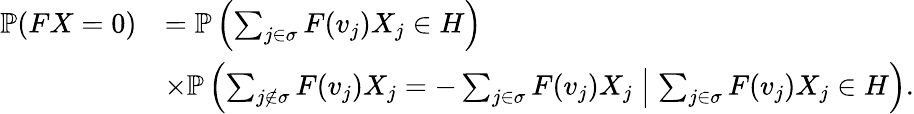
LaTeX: \begin{array}{rl}{\mathbb{P}(FX=0)}&{=\mathbb{P}\left(\sum_{j\in\sigma}F(v_{j})X_{j}\in H\right)}\\ &{\times\mathbb{P}\left(\sum_{j\notin\sigma}F(v_{j})X_{j}=-\sum_{j\in\sigma}F(v_{j})X_{j}\; \middle|\; \sum_{j\in\sigma}F(v_{j})X_{j}\in H\right).}\end{array}